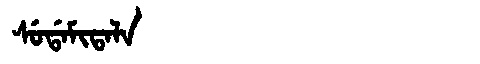
Manchu: ᠰᡠᡩᠠᠮᡳᡨᠠᠯᠠ
Romanization: SUDAMITALA